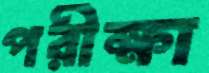
পরীক্ষা